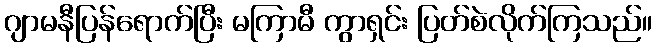
ဂျာမနီပြန်ရောက်ပြီး မကြာမီ ကွာရှင်း ပြတ်စဲလိုက်ကြသည်။